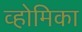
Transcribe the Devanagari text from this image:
व्होमिका